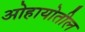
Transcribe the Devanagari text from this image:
ओहायोतील